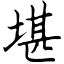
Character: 堪